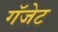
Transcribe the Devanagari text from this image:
गॅजेट